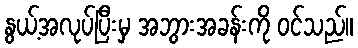
နွယ့်အလုပ်ပြီးမှ အဘွားအခန်းကို ဝင်သည်။